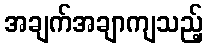
အချက်အချာကျသည့်